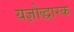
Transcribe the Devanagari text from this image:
यज्ञोद्धारक